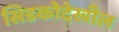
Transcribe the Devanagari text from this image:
सिडकोदेखील